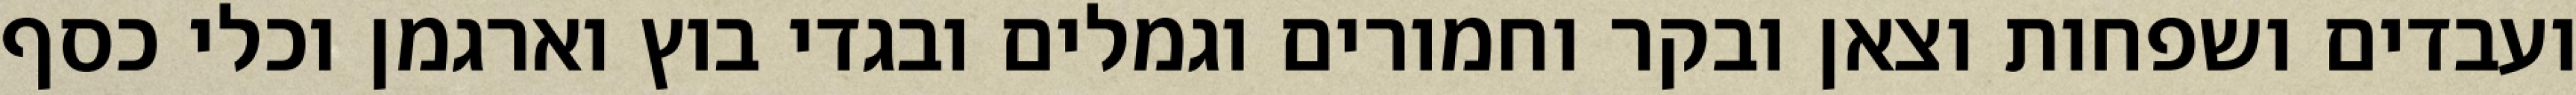
ועבדים ושפחות וצאן ובקר וחמורים וגמלים ובגדי בוץ וארגמן וכלי כסף